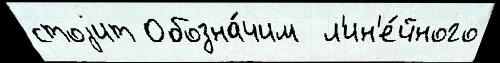
стоjит Обозна́чим  л'ин'е́йного